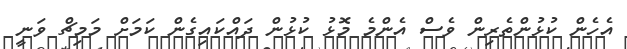
އެހެން ކުޅުންތެރިން ވެސް އެންމެ މޮޅު ކުޅުން ދައްކައިގެން ކަމަށް މަމިޗް ވަނީ